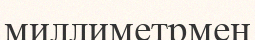
миллиметрмен